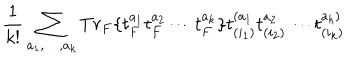
LaTeX: { \frac { 1 } { k ! } } \sum _ { a _ { 1 } , \dots , a _ { k } } T r _ { F } \{ t _ { F } ^ { a _ { 1 } } t _ { F } ^ { a _ { 2 } } \cdots t _ { F } ^ { a _ { k } } \} t _ { ( i _ { 1 } ) } ^ { ( a _ { 1 } } t _ { ( i _ { 2 } ) } ^ { a _ { 2 } } \cdots t _ { ( i _ { k } ) } ^ { a _ { k } ) }